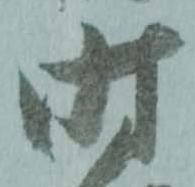
時